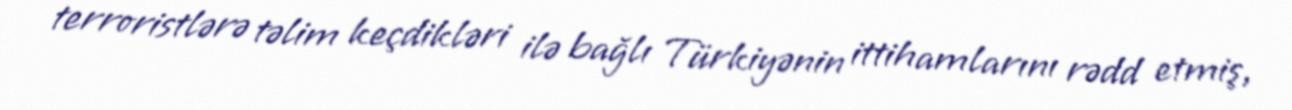
terroristlərə təlim keçdikləri ilə bağlı Türkiyənin ittihamlarını rədd etmiş,